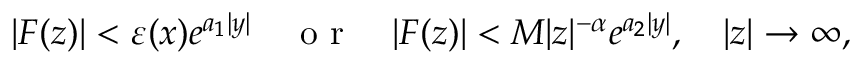
\vert F ( z ) \vert < \varepsilon ( x ) e ^ { a _ { 1 } \vert y \vert } \quad \textrm { o r } \quad \vert F ( z ) \vert < M \vert z \vert ^ { - \alpha } e ^ { a _ { 2 } \vert y \vert } , \quad \vert z \vert \to \infty ,